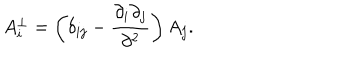
A _ { i } ^ { \bot } = \left( \delta _ { i j } - \frac { \partial _ { i } \partial _ { j } } { \partial ^ { 2 } } \right) A _ { j } .